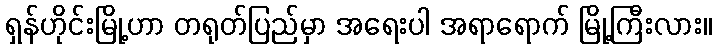
ရှန်ဟိုင်းမြို့ဟာ တရုတ်ပြည်မှာ အရေးပါ အရာရောက် မြို့ကြီးလား။